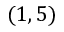
( 1 , 5 )